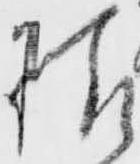
様